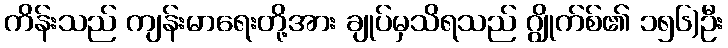
ကိန်းသည် ကျန်းမာရေးတို့အား ချုပ်မှသိရသည် ဂျွိုက်စ်၏ ၁၅၆)ဦး